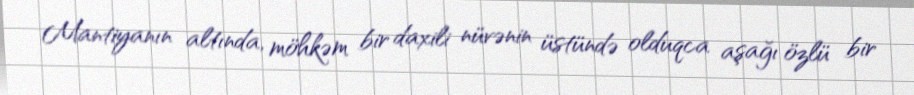
Mantiyanın altında, möhkəm bir daxili nüvənin üstündə olduqca aşağı özlü bir